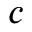
c